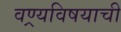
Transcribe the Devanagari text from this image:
वण्र्यविषयाची